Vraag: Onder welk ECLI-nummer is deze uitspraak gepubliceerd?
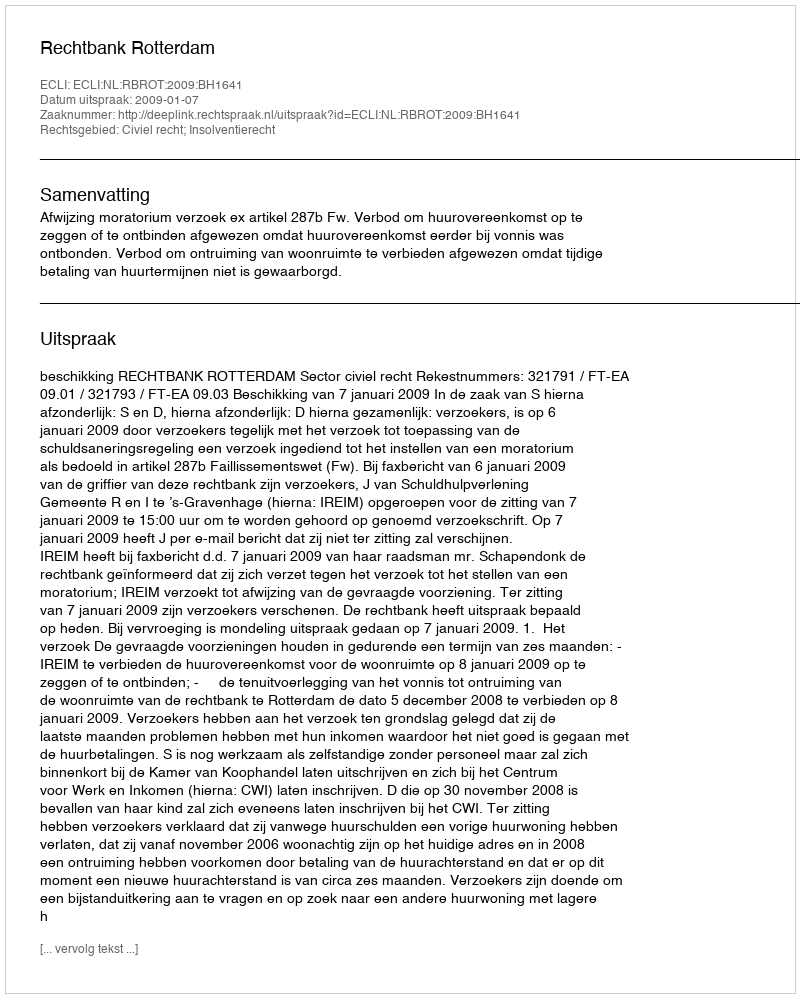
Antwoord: ECLI:NL:RBROT:2009:BH1641